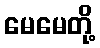
မေမေတို့